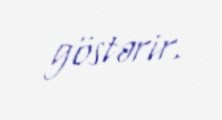
göstərir.